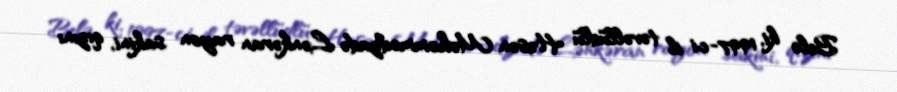
Belə ki, 1997-ci il təvəllüdlü Həsən Məhəmmədzadə Lənkəran rayon sakini, qızını